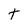
Character: t